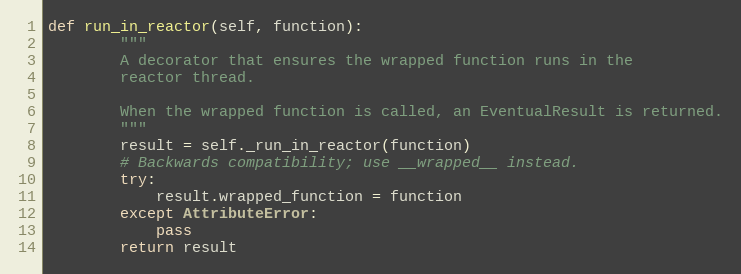
Language: Python
def run_in_reactor(self, function):
        """
        A decorator that ensures the wrapped function runs in the
        reactor thread.

        When the wrapped function is called, an EventualResult is returned.
        """
        result = self._run_in_reactor(function)
        # Backwards compatibility; use __wrapped__ instead.
        try:
            result.wrapped_function = function
        except AttributeError:
            pass
        return result